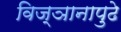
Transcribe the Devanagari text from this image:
विज्ञानापुढे